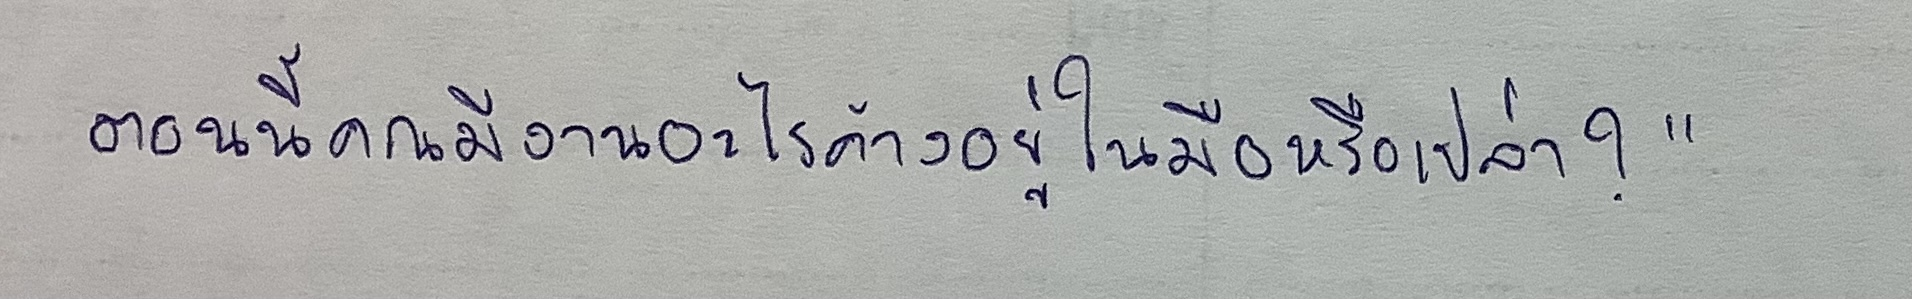
ตอนนี้คุณมีงานอะไรค้างอยู่ในมือหรือเปล่า?"